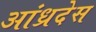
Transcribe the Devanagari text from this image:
आंध्रदेस